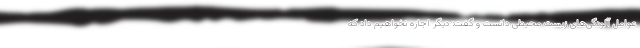
عوامل آلودگی‌های زیست محیطی دانست و گفت: دیگر اجازه نخواهیم داد که